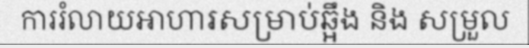
ការរំលាយអាហារសម្រាប់ឆ្អឹង និង សម្រួល